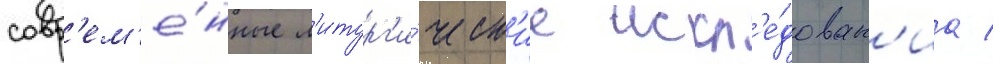
совр'ем'е́нные л'итург'и́ческ'ие иссл'е́дован'иа /